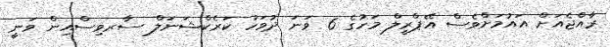
ރާއްޖެއަށް އައުމަށްވެސް އޭޕްރީލް މަހުގެ 6 ވަނަ ދުވަހު ކަރެކްޝަނަލް ސާރވިސްއިން ވަނީ